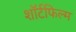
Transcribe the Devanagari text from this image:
शॉर्टफिल्म